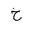
Letter: _kha